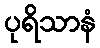
ပုရိသာနံ